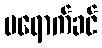
မရောက်ခင်